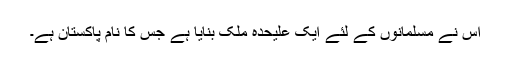
اس نے مسلمانوں کے لئے ایک علیٰحدہ ملک بنایا ہے جس کا نام پاکستان ہے۔